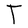
Character: T